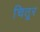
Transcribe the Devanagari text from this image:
चितूर